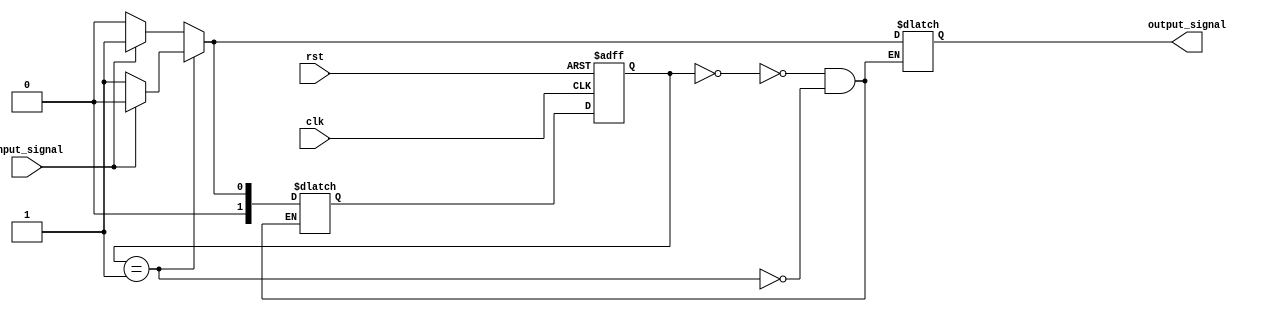
module StateMachine(
    input wire clk,
    input wire rst,
    input wire input_signal,
    output reg output_signal
);

// Define states
parameter STATE_A = 2'b00;
parameter STATE_B = 2'b01;

// Define state registers
reg [1:0] current_state;
reg [1:0] next_state;

// Define state blocks
always @(posedge clk or posedge rst) begin
    if (rst) begin
        current_state <= STATE_A;
    end else begin
        current_state <= next_state;
    end
end

always @(*) begin
    case(current_state)
        STATE_A: begin
            if (input_signal) begin
                next_state = STATE_B;
                output_signal = 1'b1;
            end else begin
                next_state = STATE_A;
                output_signal = 1'b0;
            end
        end
        STATE_B: begin
            if (input_signal) begin
                next_state = STATE_A;
                output_signal = 1'b0;
            end else begin
                next_state = STATE_B;
                output_signal = 1'b1;
            end
        end
    endcase
end

endmodule